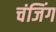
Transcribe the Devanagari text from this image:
चंजिंग